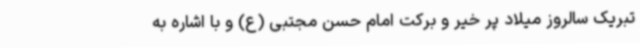
تبریک سالروز میلاد پر خیر و برکت امام حسن مجتبی (ع) و با اشاره به